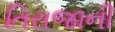
તિરાજાની